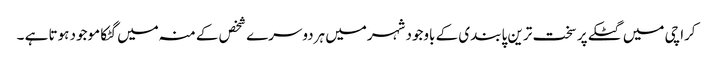
کراچی میں گٹکے پر سخت ترین پابندی کے باوجود شہرمیں ہردوسرے شخص کے منہ میں گٹکا موجود ہوتا ہے ۔